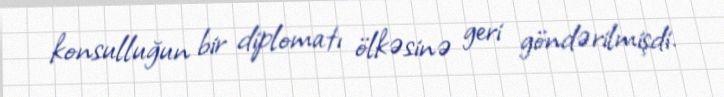
konsulluğun bir diplomatı ölkəsinə geri göndərilmişdi.